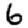
Digit: 6